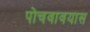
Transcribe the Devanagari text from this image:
पोचवावयास